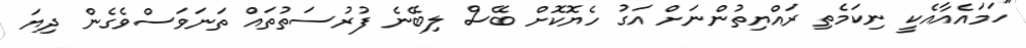
"ހަމައެއާއެކީ ނިކަމެތި ރައްޔިތުންނަށް އަގު ހެޔޮކޮށް ބޭސް ލިބޭނެ ފުރުސަތުތައް ތަނަވަސްވެގެން ދިޔަ